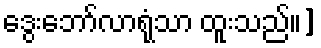
ဒွေးဘော်လာရုံသာ ထူးသည်၊၊]